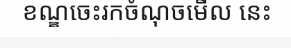
ខណ្ឌចេះរកចំណុចមើល នេះ